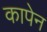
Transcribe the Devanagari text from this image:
कापेन